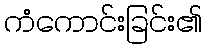
ကံကောင်းခြင်း၏